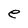
Character: e